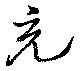
充